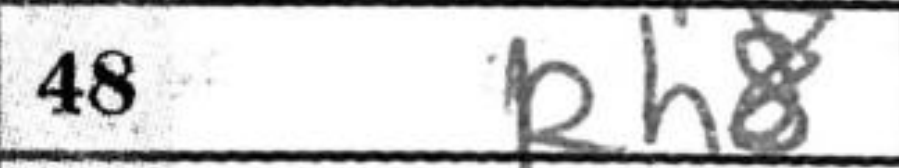
Transcription: Rh8